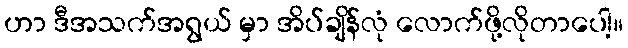
ဟာ ဒီအသက်အရွယ် မှာ အိပ်ချိန်လုံ လောက်ဖို့လိုတာပေါ့။